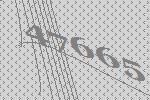
47665